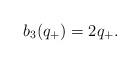
LaTeX: \begin{align*}b_{3}(q_{+})=2q_{+}.\end{align*}